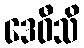
ဒေဝီသိ